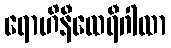
ရောဟိနီထေရီဂါထာ